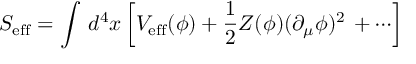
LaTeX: S _ { \mathrm { e f f } } = \int \, d ^ { 4 } x \left[ V _ { \mathrm { e f f } } ( \phi ) + \frac { 1 } { 2 } Z ( \phi ) ( \partial _ { \mu } \phi ) ^ { 2 } \, + \cdots \right]